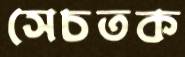
সেচতক